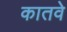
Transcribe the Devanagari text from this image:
कातवे